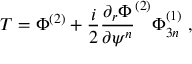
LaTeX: T = \Phi ^ { ( 2 ) } + \frac { i } { 2 } \frac { \partial _ { r } \Phi } { \partial \psi ^ { n } } ^ { ( 2 ) } \Phi _ { 3 n } ^ { ( 1 ) } \, \, ,